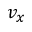
v _ { x }